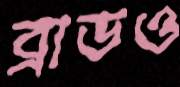
ব্রাডও